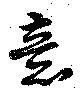
意